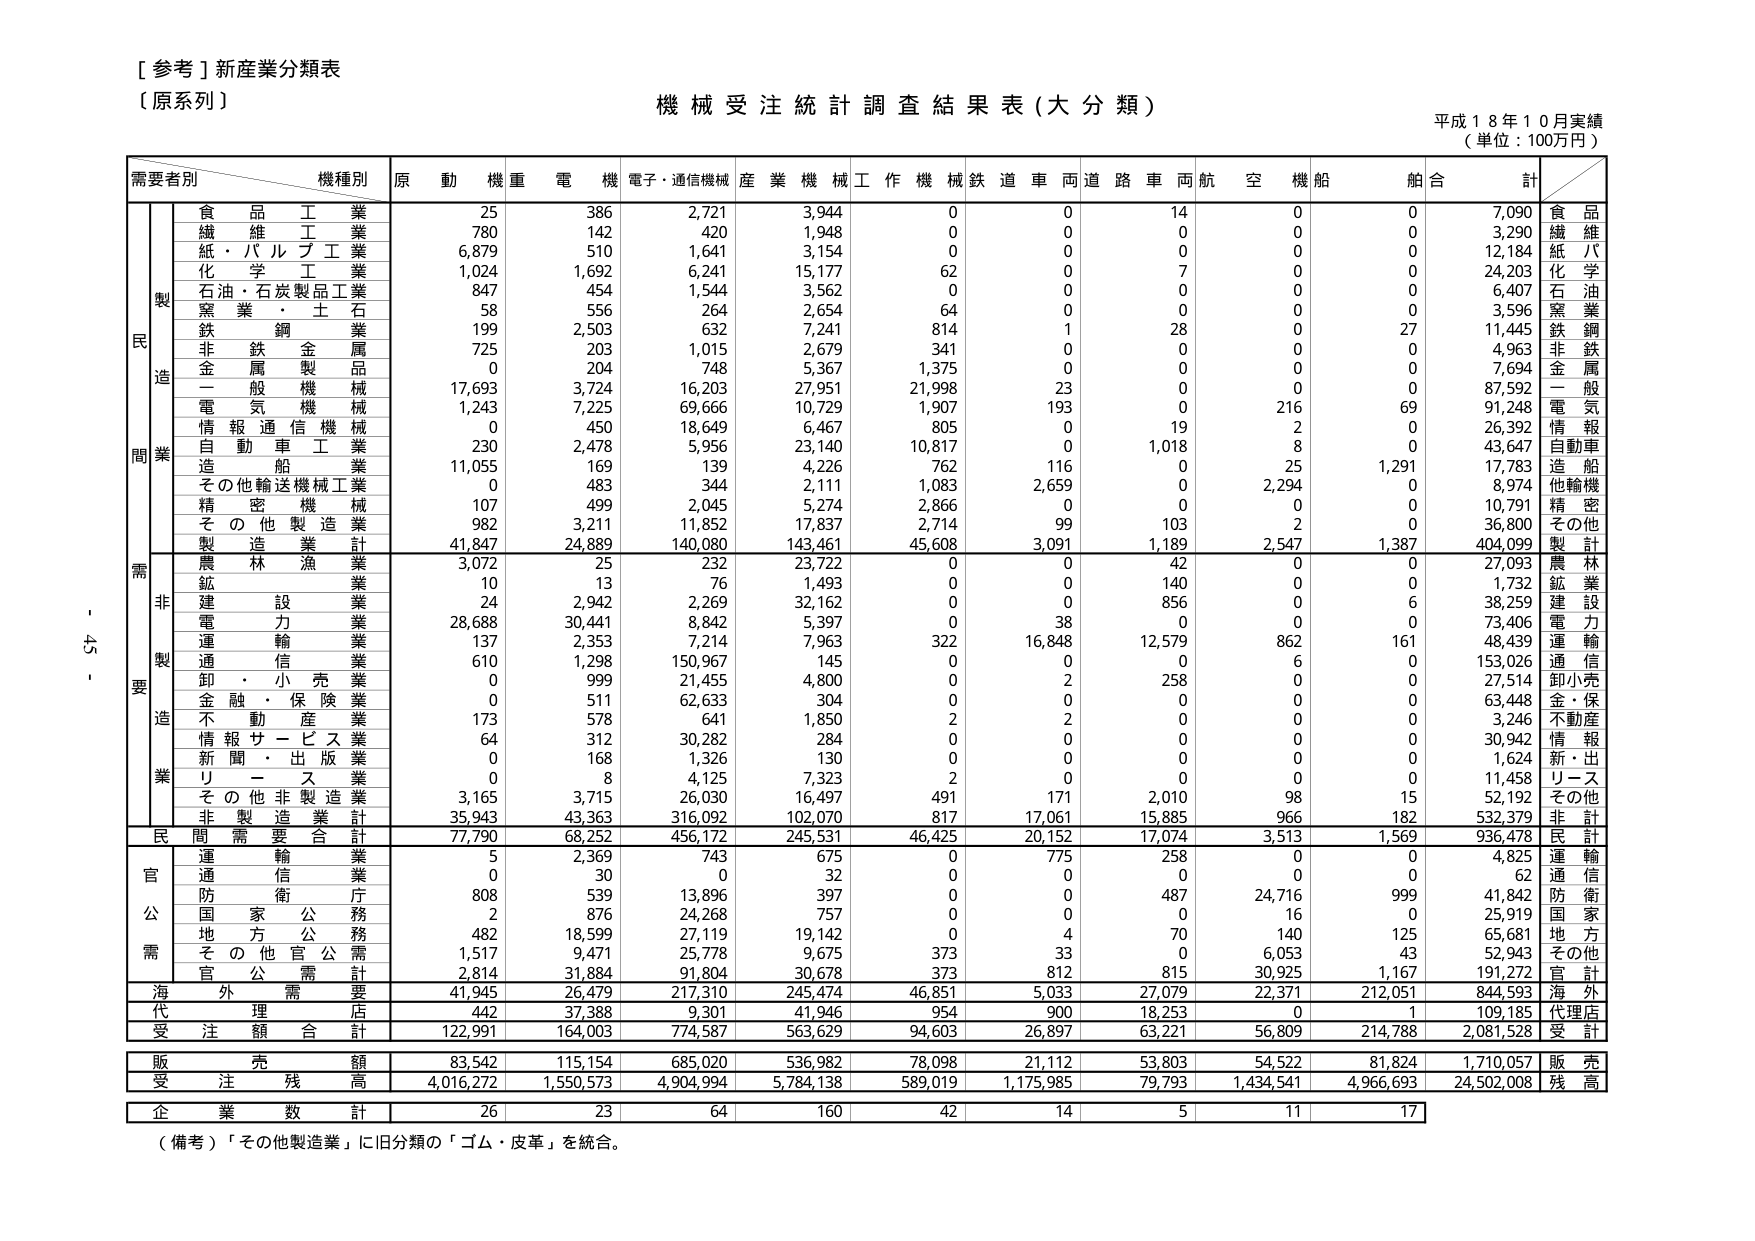
[ 参考 ] 新産業分類表
（原系列）

機械受注統計調査結果表（大分類）
平成１８年１０月実績
（単位：100万円）

需要者別　　機種別　　原　動　機　重　電　機　電子・通信機械　産　業　機　械　工　作　機　械　鉄　道　車　両　道　路　車　両　航　空　機　船　舶　合　計

製造業
　　食品工業　　　　　　　　25　　386　　2,721　　3,944　　0　　0　　14　　0　　0　　7,090　　食品
　　繊維工業　　　　　　　　780　　142　　420　　1,948　　0　　0　　0　　0　　0　　3,290　　繊維
　　紙・パルプ工業　　　　　6,879　　510　　1,641　　3,154　　0　　0　　0　　0　　0　　12,184　　紙パ
　　化学工業　　　　　　　　1,024　　1,692　　6,241　　15,177　　62　　0　　7　　0　　0　　24,203　　化学
　　石油・石炭製品工業　　　847　　454　　1,544　　3,562　　0　　0　　0　　0　　0　　6,407　　石油
　　窯業・土石　　　　　　　58　　556　　264　　2,654　　64　　0　　0　　0　　0　　3,596　　窯業
　　鉄鋼業　　　　　　　　　199　　2,503　　632　　7,241　　814　　1　　28　　0　　27　　11,445　　鉄鋼
　　非鉄金属業　　　　　　　725　　203　　1,015　　2,679　　341　　0　　0　　0　　0　　4,963　　非鉄
　　金属製品業　　　　　　　0　　204　　748　　5,367　　1,375　　0　　0　　0　　0　　7,694　　金属
　　一般機械　　　　　　　　17,693　　3,724　　16,203　　27,951　　21,998　　23　　0　　0　　0　　87,592　　一般
　　電気機械　　　　　　　　1,243　　7,225　　69,666　　10,729　　1,907　　193　　0　　216　　69　　91,248　　電気
　　情報通信機械　　　　　　0　　450　　18,649　　6,467　　805　　0　　19　　2　　0　　26,392　　情報
　　自動車工業　　　　　　　230　　2,478　　5,956　　23,140　　10,817　　0　　1,018　　8　　0　　43,647　　自動車
　　造船業　　　　　　　　　11,055　　169　　139　　4,226　　762　　116　　0　　25　　1,291　　17,783　　造船
　　その他輸送機械工業　　　0　　483　　344　　2,111　　1,083　　2,659　　0　　2,294　　0　　8,974　　他輸機
　　精密機械　　　　　　　　107　　499　　2,045　　5,274　　2,866　　0　　0　　0　　0　　10,791　　精密
　　その他製造業　　　　　　982　　3,211　　11,852　　17,837　　2,714　　99　　103　　2　　0　　36,800　　その他
　　製造業計　　　　　　　　41,847　　24,889　　140,080　　143,461　　45,608　　3,091　　1,189　　2,547　　1,387　　404,099　　製計

需要業
　　非製造業
　　　　農林漁業　　　　　　3,072　　25　　232　　23,722　　0　　0　　42　　0　　0　　27,093　　農林
　　　　鉱業　　　　　　　　10　　13　　76　　1,493　　0　　0　　140　　0　　0　　1,732　　鉱業
　　　　建設業　　　　　　　24　　2,942　　2,269　　32,162　　0　　0　　856　　0　　6　　38,259　　建設
　　　　電力業　　　　　　　28,688　　30,441　　8,842　　5,397　　0　　38　　0　　0　　0　　73,406　　電力
　　　　運輸業　　　　　　　137　　2,353　　7,214　　7,963　　322　　16,848　　12,579　　862　　161　　48,439　　運輸
　　　　通信業　　　　　　　610　　1,298　　150,967　　145　　0　　0　　0　　6　　0　　153,026　　通信
　　　　卸・小売業　　　　　0　　999　　21,455　　4,800　　0　　2　　258　　0　　0　　27,514　　卸小売
　　　　金融・保険業　　　　0　　511　　62,633　　304　　0　　0　　0　　0　　0　　63,448　　金・保
　　　　不動産業　　　　　　173　　578　　641　　1,850　　2　　2　　0　　0　　0　　3,246　　不動産
　　　　情報サービス業　　　64　　312　　30,282　　284　　0　　0　　0　　0　　0　　30,942　　情報
　　　　新聞・出版業　　　　0　　168　　1,326　　130　　0　　0　　0　　0　　0　　1,624　　新・出
　　　　リース業　　　　　　0　　8　　4,125　　7,323　　2　　0　　0　　0　　0　　11,458　　リース
　　　　その他非製造業　　　3,165　　3,715　　26,030　　16,497　　491　　171　　2,010　　98　　15　　52,192　　その他
　　　　非製造業計　　　　　35,943　　43,363　　316,092　　102,070　　817　　17,061　　15,885　　966　　182　　532,379　　非計

　　民間需要合計　　　　　　77,790　　68,252　　456,172　　245,531　　46,425　　20,152　　17,074　　3,513　　1,569　　936,478　　民計

　　官公需
　　　　運輸業　　　　　　　5　　2,369　　743　　675　　0　　775　　258　　0　　0　　4,825　　運輸
　　　　通信業　　　　　　　0　　30　　0　　32　　0　　0　　0　　0　　0　　62　　通信
　　　　防衛庁　　　　　　　808　　539　　13,896　　397　　0　　0　　487　　24,716　　999　　41,842　　防衛
　　　　国家公務　　　　　　2　　876　　24,268　　757　　0　　0　　0　　16　　0　　25,919　　国家
　　　　地方公務　　　　　　482　　18,599　　27,119　　19,142　　0　　4　　70　　140　　125　　65,681　　地方
　　　　その他官公需　　　　1,517　　9,471　　25,778　　9,675　　373　　33　　0　　6,053　　43　　52,943　　その他
　　　　官公需計　　　　　　2,814　　31,884　　91,804　　30,678　　373　　812　　815　　30,925　　1,167　　191,272　　官計

　　海外需要　　　　　　　　41,945　　26,479　　217,310　　245,474　　46,851　　5,033　　27,079　　22,371　　212,051　　844,593　　海外

　　代理店　　　　　　　　　442　　37,388　　9,301　　41,946　　954　　900　　18,253　　0　　1　　109,185　　代理店

　　受注額合計　　　　　　122,991　　164,003　　774,587　　563,629　　94,603　　26,897　　63,221　　56,809　　214,788　　2,081,528　　受計

　　販売額　　　　　　　　　83,542　　115,154　　685,020　　536,982　　78,098　　21,112　　53,803　　54,522　　81,824　　1,710,057　　販売

　　受注残高　　　　　　　　4,016,272　　1,550,573　　4,904,994　　5,784,138　　589,019　　1,175,985　　79,793　　1,434,541　　4,966,693　　24,502,008　　残高

　　企業数計　　　　　　　　26　　23　　64　　160　　42　　14　　5　　11　　17

（備考）「その他製造業」に旧分類の「ゴム・皮革」を統合。

- 45 -